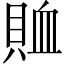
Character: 賉